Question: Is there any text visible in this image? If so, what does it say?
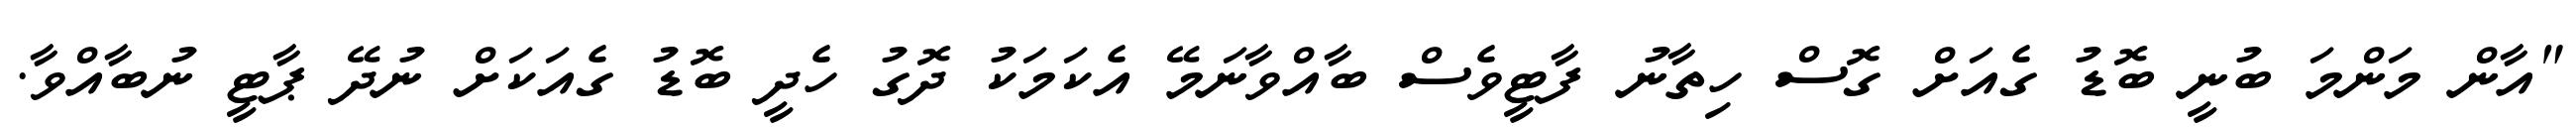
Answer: "އާން މަންމަ ބުނީ ބޮޑު ގެއަށް ގޮސް ހިތާނު ފާޓީވެސް ބާއްވާނަމޭ އެކަމަކު ދޮގު ހެދީ ބޮޑު ގެއަކަށް ނުދޭ ޕާޓީ ނުބާއްވާ.